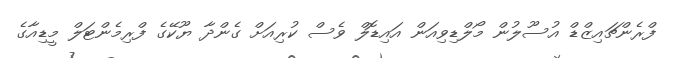
ފްރެންޗައިޒްޑް އުސޫލުން މޯލްޑިވިއަން އައިޑޮލް ވެސް ކުރިއަށް ގެންދާ ޔޫކޭގެ ފްރިމެންޓަލް މީޑިއާގެ